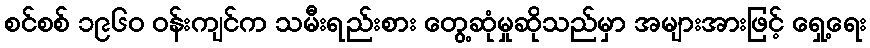
စင်စစ် ၁၉၆၀ ဝန်းကျင်က သမီးရည်းစား တွေ့ဆုံမှုဆိုသည်မှာ အများအားဖြင့် ရှေ့ရေး